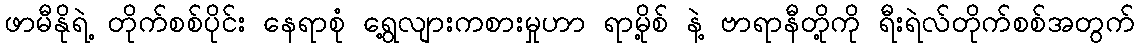
ဖာမီနိုရဲ့ တိုက်စစ်ပိုင်း နေရာစုံ ရွေ့လျားကစားမှုဟာ ရာမို့စ် နဲ့ ဗာရာနီတို့ကို ရီးရဲလ်တိုက်စစ်အတွက်